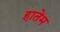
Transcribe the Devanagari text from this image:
हातेम